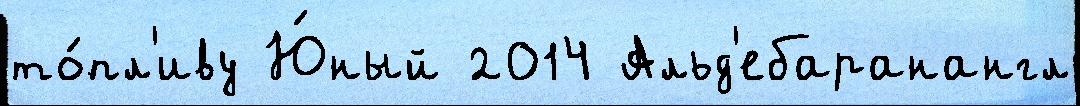
то́пл'иву Ю́ный 2014 Альд'ебаранангл